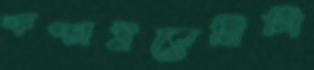
কপ্‌চাইতেছিলি